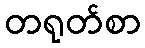
တရုတ်စာ